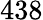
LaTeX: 438